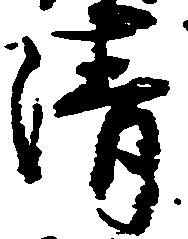
清